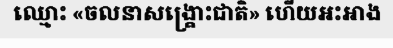
ឈ្មោះ «ចលនាសង្គ្រោះជាតិ» ហើយអះអាង